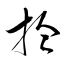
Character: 拾